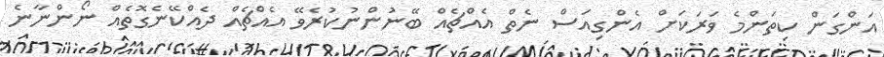
އަންގަން ކިތަންމެ ވަރަކަށް އެންގިއަސް ނެތް އެއްޗެއް ބޭނުންނުކުރެވޭ އެއްޗެއް ދެއްކޭނެގޮތެއް ނޯންނާނެ